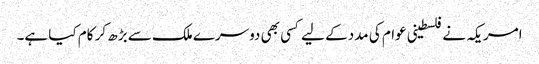
امریکہ نے فلسطینی عوام کی مدد کے لیے کسی بھی دوسرے ملک سے بڑھ کر کام کیا ہے۔